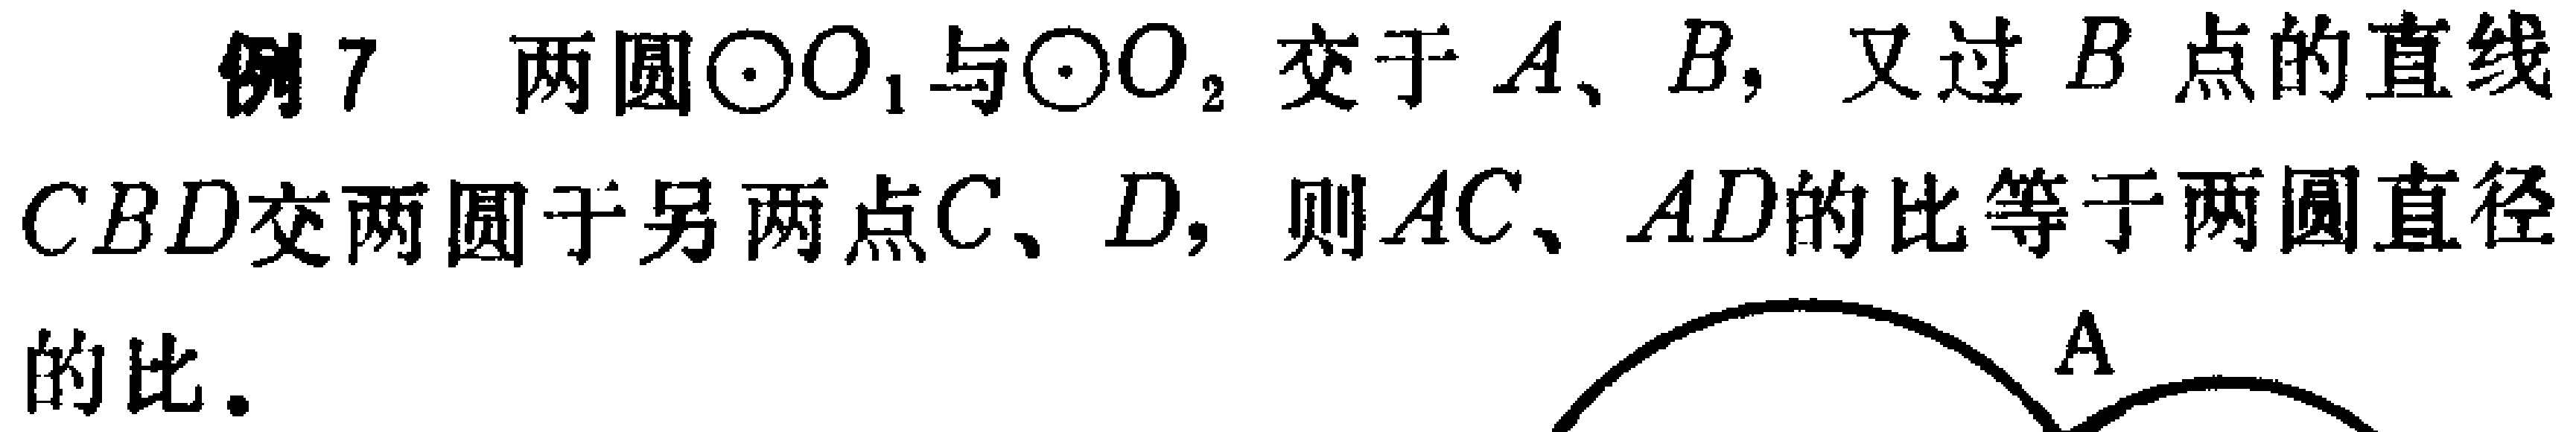
例7 两圆$\odot O_{1}$与$\odot O_{2}$交于$A、B$，又过$B$点的直线$CBD$交两圆于另两点$C、D$，则$AC、AD$的比等于两圆直径的比。